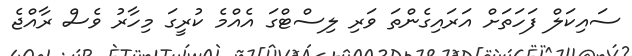
ސައިކަލް ފަހަތަށް އަރައިގެންތަ ވަރި ލިސްޓްގަ އެއްމެ ކުރީގަ މިހާރު ވެސް ރާއްޖެ